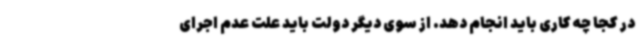
در کجا چه کاری باید انجام دهد. از سوی دیگر دولت باید علت عدم اجرای